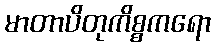
မာတာပိတုကိစ္စကရော